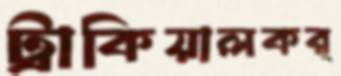
ট্রাকিয়ালকর্